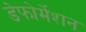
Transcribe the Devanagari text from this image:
डेफोर्मेशन